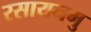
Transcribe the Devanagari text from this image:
रसायनमु